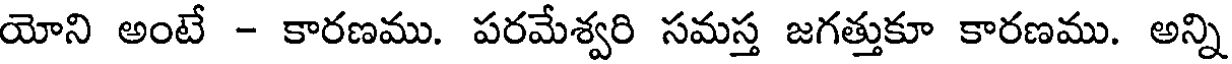
యోని అంటే - కారణము. పరమేశ్వరి సమస్త జగత్తుకూ కారణము. అన్ని